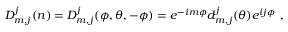
D _ { m , j } ^ { j } ( n ) = D _ { m , j } ^ { j } ( \phi , \theta , - \phi ) = e ^ { - i m \phi } d _ { m , j } ^ { j } ( \theta ) e ^ { i j \phi } \ ,